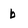
Character: b